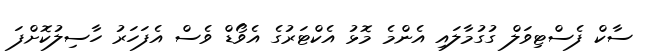
ސާކް ފެސްޓިވަލް ގުގުމާލައި އެންމެ މޮޅު އެކްޓަރުގެ އެވޯޑް ވެސް އެފަހަރު ހާސިލުކޮށްފަ